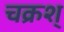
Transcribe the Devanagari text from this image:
चक्रश्